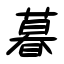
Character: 暮